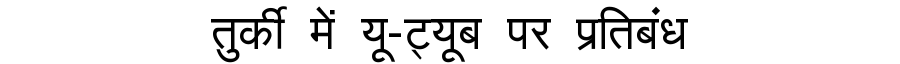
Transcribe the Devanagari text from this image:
तुर्की में यू-ट्यूब पर प्रतिबंध